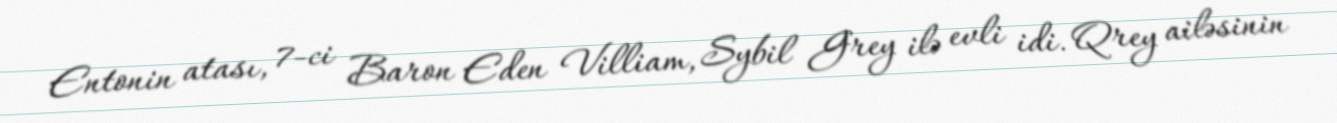
Entonin atası, 7-ci Baron Eden Villiam, Sybil Grey ilə evli idi. Qrey ailəsinin